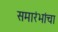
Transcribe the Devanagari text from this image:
समारंभांचा